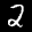
Label: 2